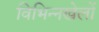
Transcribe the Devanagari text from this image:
विभिन्नखेलों